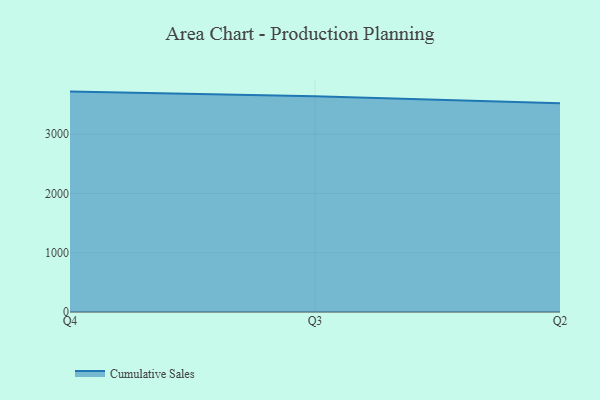
{"axis": {"x": "Quarter", "y": "Satisfaction Score"}, "legend": ["Cumulative Sales"], "data": [{"x": "Q4", "y": 3718.9, "type": "Cumulative Sales"}, {"x": "Q3", "y": 3639.1, "type": "Cumulative Sales"}, {"x": "Q2", "y": 3522.0, "type": "Cumulative Sales"}]}